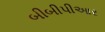
બીબીપીઆર